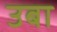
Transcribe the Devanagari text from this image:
उबा